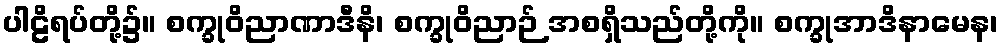
ပါဠိရပ်တို့၌။ စက္ခုဝိညာဏာဒီနိ၊ စက္ခုဝိညာဉ် အစရှိသည်တို့ကို။ စက္ခုအာဒိနာမေန၊